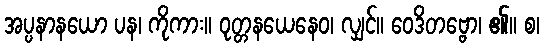
အပ္ပနာနယော ပန၊ ကိုကား။ ဝုတ္တနယေနေဝ၊ လျှင်။ ဝေဒိတဗ္ဗော၊ ၏။ စ၊